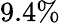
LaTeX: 9.4\%